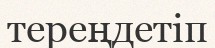
тереңдетіп